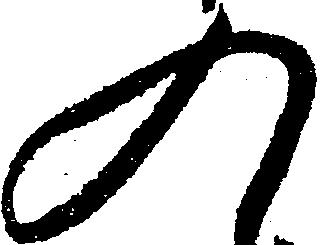
入